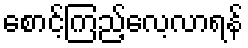
စောင့်ကြည့်လေ့လာရန်